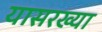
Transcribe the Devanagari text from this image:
यासरख्या